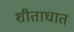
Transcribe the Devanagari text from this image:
शीताघात